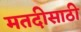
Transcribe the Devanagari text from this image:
मतदीसाठी